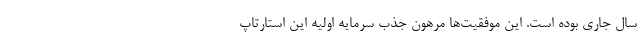
سال جاری بوده است. این موفقیت‌ها مرهون جذب سرمایه اولیه این استارتاپ